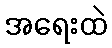
အရေးထဲ